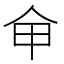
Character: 𠇚